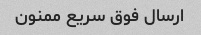
ارسال فوق سریع ممنون